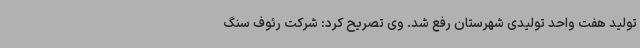
تولید هفت واحد تولیدی شهرستان رفع شد. وی تصریح کرد: شرکت رئوف سنگ